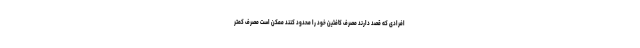
افرادی که قصد دارند مصرف کافئین خود را محدود کنند ممکن است مصرف کمتر